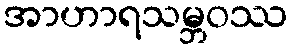
အာဟာရသမ္ဘဝဿ